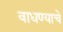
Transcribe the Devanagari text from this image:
वाधण्याचे